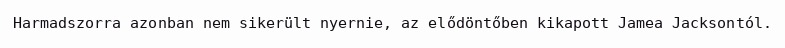
Harmadszorra azonban nem sikerült nyernie, az elődöntőben kikapott Jamea Jacksontól.